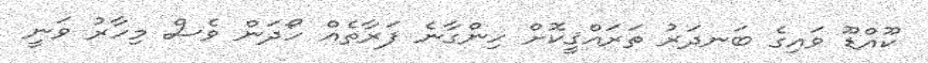
ކޫއްޑޫ ވައިގެ ބަނދަރު ތަރައްޤީކޮށް ހިންގާނެ ފަރާތެއް ހޯދަން ވެސް މިހާރު ވަނީ